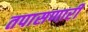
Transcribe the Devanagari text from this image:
तपासणारी